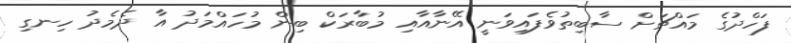
ފަހްދުގެ މައްޗަށް ސާބިތުވެފައިވަނީ އޭނާއާއި މުބާރަކް ބިން މުހައްމަދު އާ ދެމެދު ހިނގި